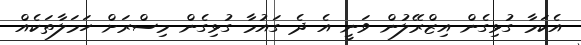
އެކަމާ ގުޅިގެން އިޒްރޭލުން ވަނީ އެ ދެ ގައުމާ ގުޅިގެން މިސްރަށް ހަމަލާތަކެއް